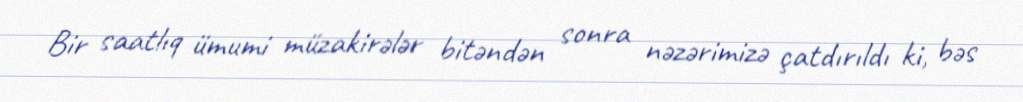
Bir saatlıq ümumi müzakirələr bitəndən sonra nəzərimizə çatdırıldı ki, bəs